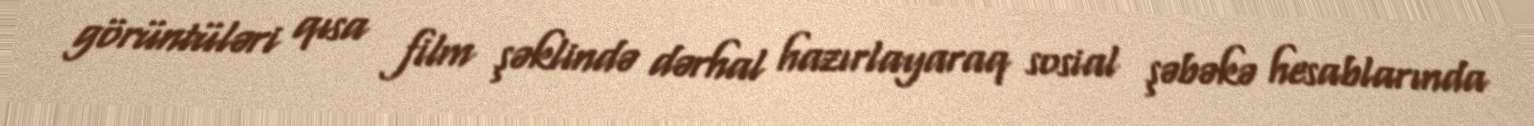
görüntüləri qısa film şəklində dərhal hazırlayaraq sosial şəbəkə hesablarında